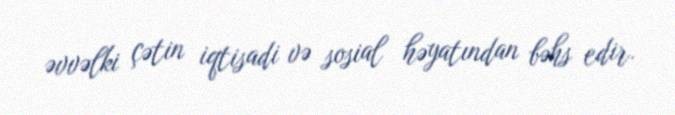
əvvəlki çətin iqtisadi və sosial həyatından bəhs edir.